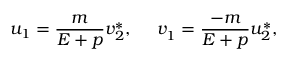
u _ { 1 } = \frac m { E + p } v _ { 2 } ^ { * } , \ \ \ \ v _ { 1 } ^ { } = \frac { - m } { E + p } u _ { 2 } ^ { * } ,